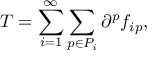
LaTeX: T = \sum _ { i = 1 } ^ { \infty } \sum _ { p \in P _ { i } } \partial ^ { p } f _ { i p } ,